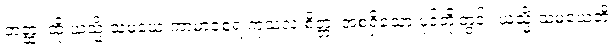
တတ္ထ၊ ထို ယသ္မိံ သမယေ ကာမာဝစရံ ကုသလံ စိတ္တံ၊ အစရှိသော ပုဒ်တို့တွင်။ ယသ္မိံ သမယေတိ